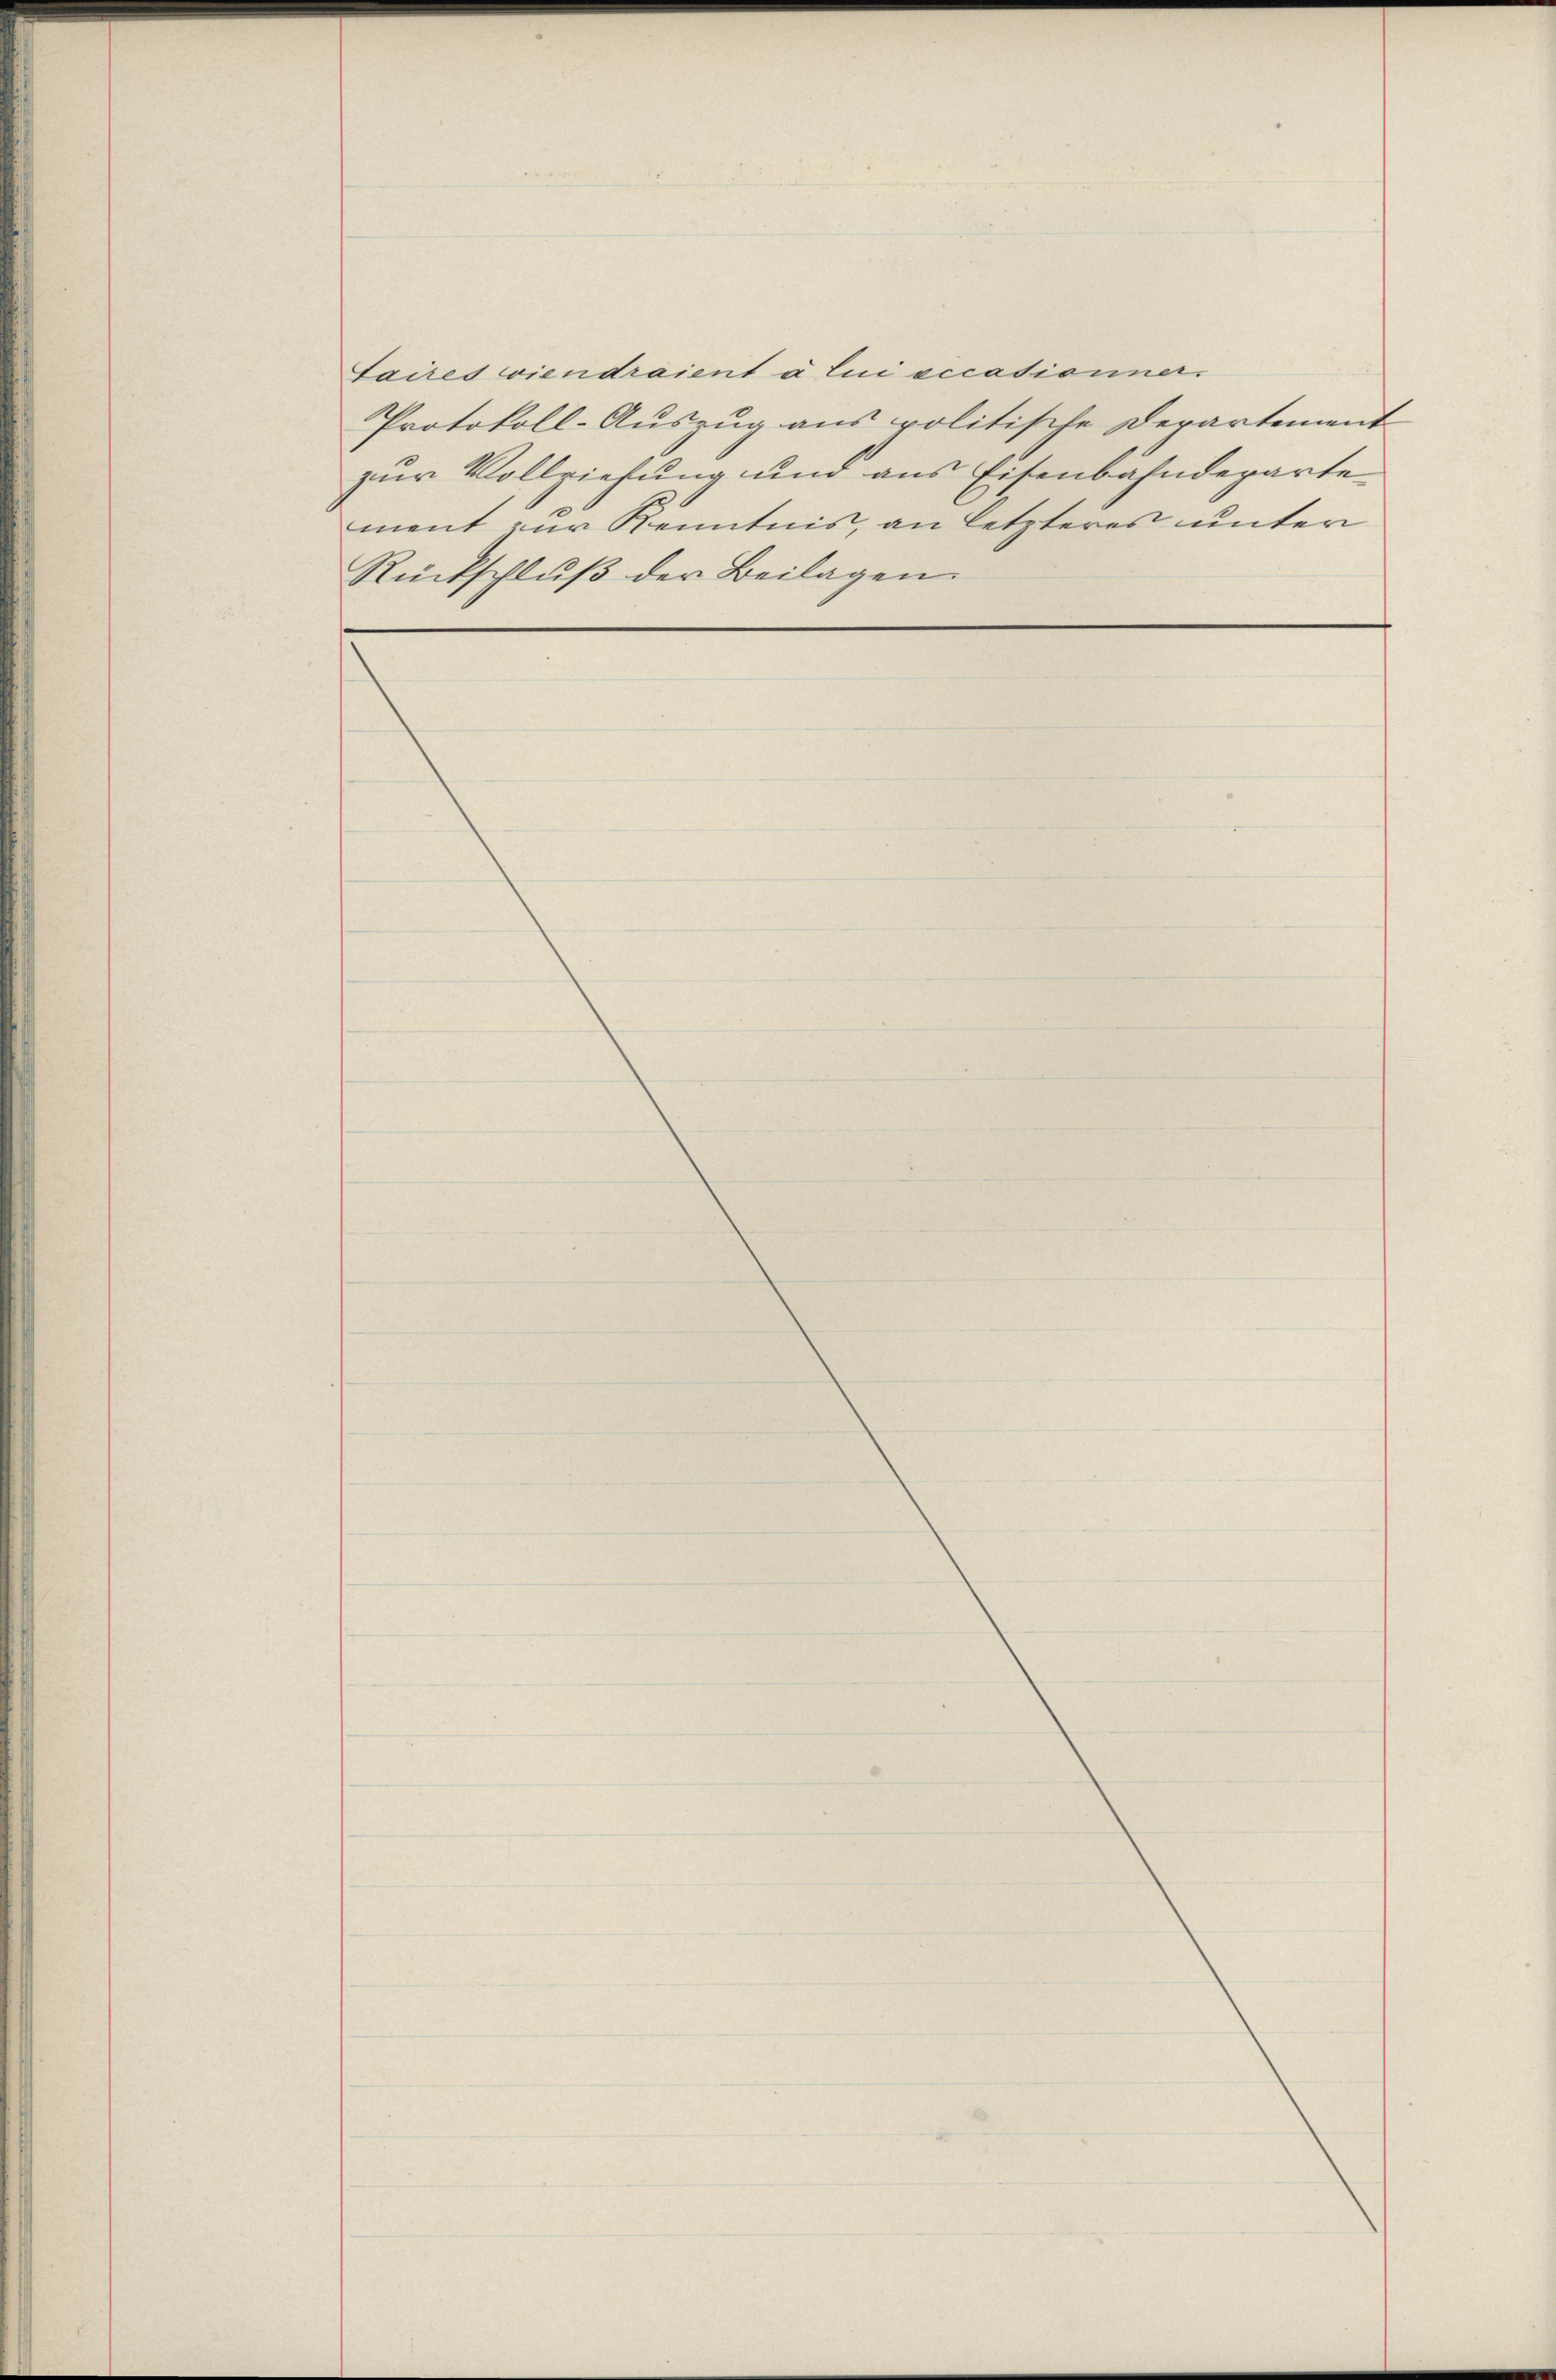
taires viendraient à lui sicationner
Protokoll-Auszug aus politische Departement
zur Vollziehung und aus Eisenbahndeparte
ment zur Kenntnis, an letzteres unter
Rückschlŭβ der Beilagen.